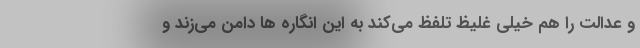
و عدالت را هم خیلی غلیظ تلفظ می‌کند به این انگاره ها دامن می‌زند و